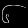
Digit: ၆